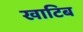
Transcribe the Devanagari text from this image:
खाटिब